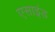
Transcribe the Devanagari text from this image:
एसाइंड